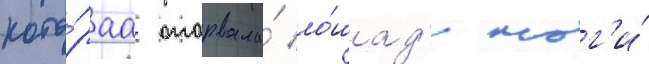
кото́раа оторвала́ ло́шад'и ног'и́